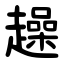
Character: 趮